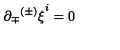
\partial _ { \mp } { ^ { ( \pm ) } \xi } ^ { i } = 0